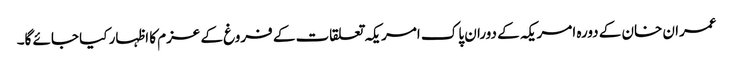
عمران خان کے دورہ امریکہ کے دوران پاک امریکہ تعلقات کے فروغ کے عزم کا اظہار کیا جائے گا۔